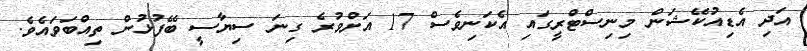
އަދި އެޑިއުކޭޝަން މިނިސްޓްރީގައި އެކަނިވެސް 17 އަށްވުރެ ގިނަ ސިޔާސީ ބޭފުޅުން ތިއްބަވައެވެ.